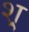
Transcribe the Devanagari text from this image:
श्र्